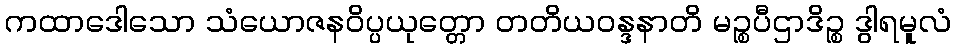
ကထာဒေါသော သံယောဇနဝိပ္ပယုတ္တော တတိယဝန္ဒနာတိ မဉ္စပီဌာဒိဉ္စ ဒွါရမူလံ